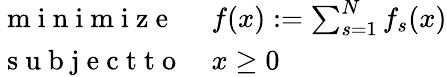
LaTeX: \begin{array}{ll}{\mathrm{~m~i~n~i~m~i~z~e~}}&{f(x):=\sum_{s=1}^{N}f_{s}(x)}\\ {\mathrm{~s~u~b~j~e~c~t~t~o~}}&{x\geq 0}\end{array}